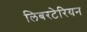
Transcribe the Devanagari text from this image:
लिबरटेरियन